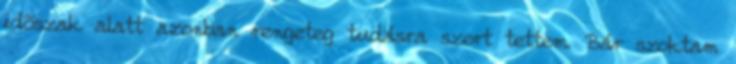
idõszak alatt azonban rengeteg tudásra szert tettem. Bár szoktam